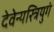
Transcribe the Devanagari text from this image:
देवेन्यस्त्रियुगं